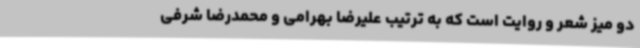
دو میز شعر و روایت است که به ترتیب علیرضا بهرامی و محمدرضا شرفی‌